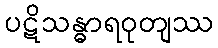
ပဋိသန္ဓာရဝုတျဿ